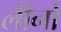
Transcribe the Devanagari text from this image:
लीनों